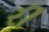
રી